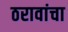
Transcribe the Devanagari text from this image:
ठरावांचा